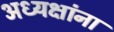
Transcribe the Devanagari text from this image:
अध्यक्षांना